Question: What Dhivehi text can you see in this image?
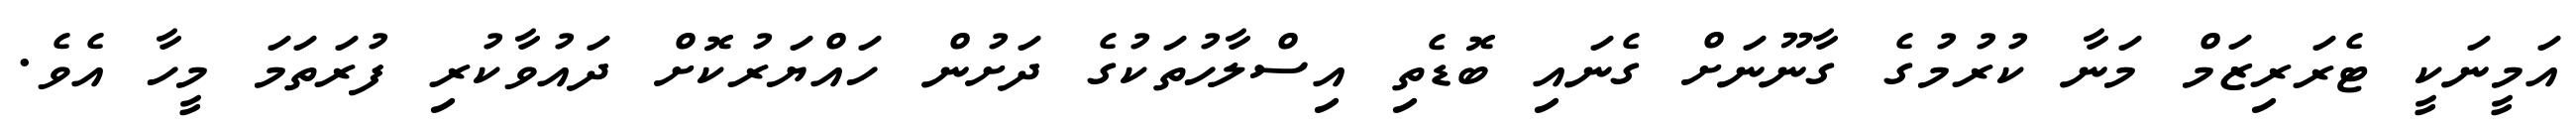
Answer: އަމީނަކީ ޓެރަރިޒަމް މަނާ ކުރުމުގެ ގާނޫނަށް ގެނައި ބޮޑެތި އިސްލާހުތަކުގެ ދަށުން ހައްޔަރުކޮށް ދައުވާކުރި ފުރަތަމަ މީހާ އެވެ.